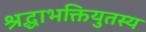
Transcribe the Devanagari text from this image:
श्रद्धाभक्तियुतस्य